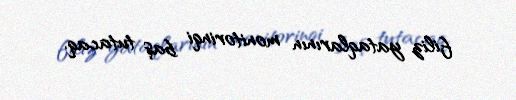
filiz yataqlarının monitorinqi baş tutacaq.